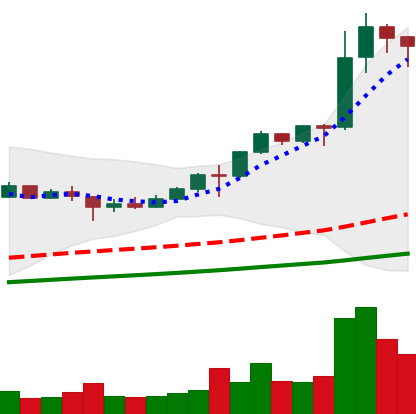
Ticker: LINK-USD
Chart end date: 2020-08-11
Forward return: 43.478%
Label: up_7plus